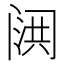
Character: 𮤷